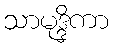
သာမုဒ္ဒိကာ